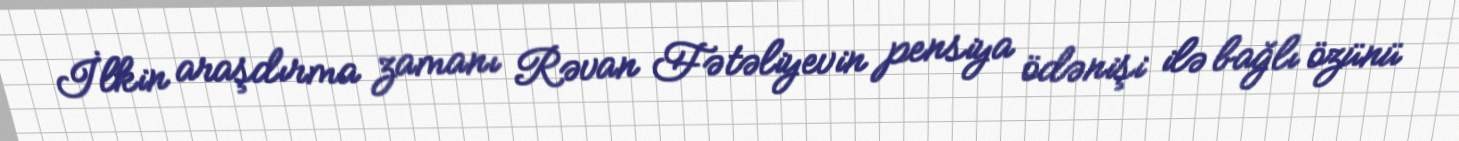
İlkin araşdırma zamanı Rəvan Fətəliyevin pensiya ödənişi ilə bağlı özünü